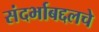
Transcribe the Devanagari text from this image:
संदर्भाबद्दलचे